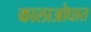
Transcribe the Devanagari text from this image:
कालाओघात